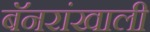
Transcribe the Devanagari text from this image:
बॅनरांखाली